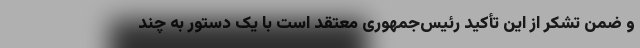
و ضمن تشکر از این تأکید رئیس‌جمهوری معتقد است با یک دستور به چند